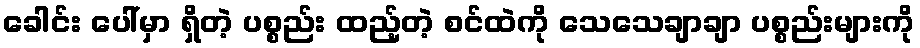
ခေါင်း ပေါ်မှာ ရှိတဲ့ ပစ္စည်း ထည့်တဲ့ စင်ထဲကို သေသေချာချာ ပစ္စည်းများကို